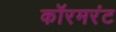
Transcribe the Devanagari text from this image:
कॉरमरंट